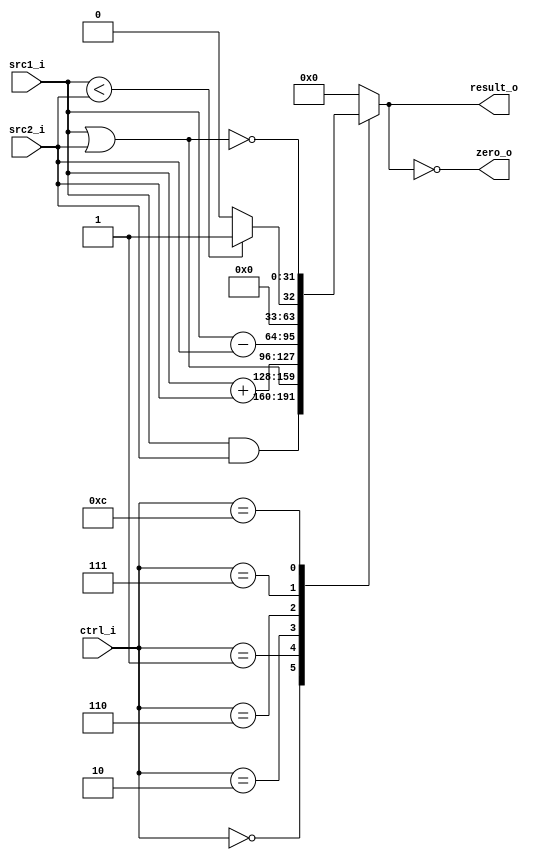
//Subject:     CO project 3 - ALU
//--------------------------------------------------------------------------------
//Version:     1
//--------------------------------------------------------------------------------
//Writer:       110550093
//----------------------------------------------
//Date:        
//----------------------------------------------
//Description: 
//--------------------------------------------------------------------------------
`timescale 1ns/1ps
module ALU(
    src1_i,
	src2_i,
	ctrl_i,
	result_o,
	zero_o
);
     
//I/O ports
input  [32-1:0]  src1_i;
input  [32-1:0]	 src2_i;
input  [4-1:0]   ctrl_i;

output [32-1:0]	 result_o;
output           zero_o;

//Internal signals
reg    [32-1:0]  result_o;
wire             zero_o;

//Parameter

//Main function
assign zero_o = (result_o==0);
always @(*) begin
	case(ctrl_i)
		4'd0: result_o <= src1_i&src2_i;
		4'd1: result_o <= src1_i|src2_i;
		4'd2: result_o <= src1_i+src2_i;
		4'd6: result_o <= src1_i-src2_i;
		4'd7: result_o <= (src1_i<src2_i) ? 1:0;
		4'd12: result_o <= ~(src1_i|src2_i);
		default: result_o <= 0;
	endcase
end

endmodule